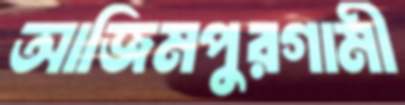
আজিমপুরগামী